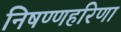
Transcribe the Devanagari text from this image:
निषण्णहरिणा